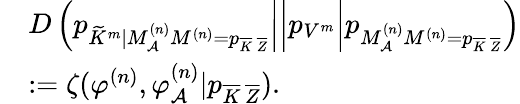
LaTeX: \begin{array}{rl}&{\left.\left.\left.D\left(p_{\widetilde{K}^{m}|M_{{\cal A}}^{(n)}M^{(n)}=p_{\overline{{K}}\, \overline{{Z}}}}\right|\right|p_{V^{m}}\right|p_{M_{\cal A}^{(n)}M^{(n)}=p_{\overline{{K}}\, \overline{{Z}}}}\right)}\\ &{:=\zeta(\varphi^{(n)},\varphi_{\cal A}^{(n)}|p_{\overline{{K}}\, \overline{{Z}}}).}\end{array}